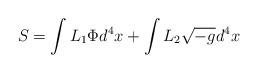
LaTeX: \begin{align*}S = \int L_{1} \Phi d^{4} x + \int L_{2} \sqrt{-g}d^{4}x\end{align*}